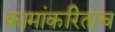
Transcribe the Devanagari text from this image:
कामांकरिताच